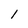
Character: l